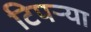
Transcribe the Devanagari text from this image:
टिपर्‍या